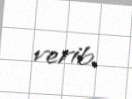
verib.